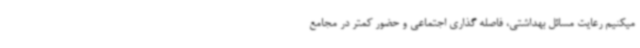
میکنیم رعایت مسائل بهداشتی، فاصله گذاری اجتماعی و حضور کمتر در مجامع